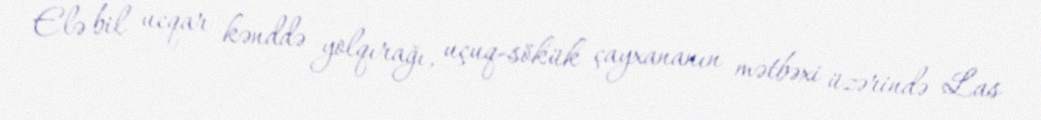
Elə bil ucqar kənddə yolqırağı, uçuq-sökük çayxananın mətbəxi üzərində Las